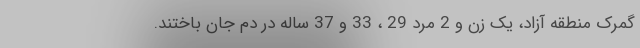
گمرک منطقه آزاد، یک زن و 2 مرد 29 ، 33 و 37 ساله در دم جان باختند.